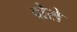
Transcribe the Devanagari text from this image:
दोसे